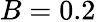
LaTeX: B=0.2